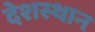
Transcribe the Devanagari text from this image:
देशस्थान